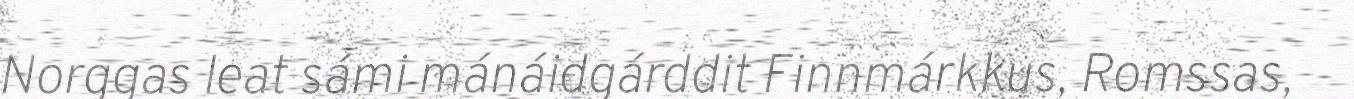
Norggas leat sámi mánáidgárddit Finnmárkkus, Romssas,